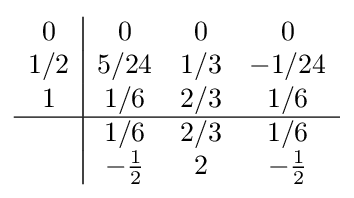
{\begin{array}{c|ccc}0&0&0&0\\1/2&5/24&1/3&-1/24\\1&1/6&2/3&1/6\\\hline &1/6&2/3&1/6\\&-{\frac {1}{2}}&2&-{\frac {1}{2}}\\\end{array}}